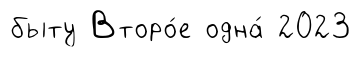
быту Второ́е одна́ 2023